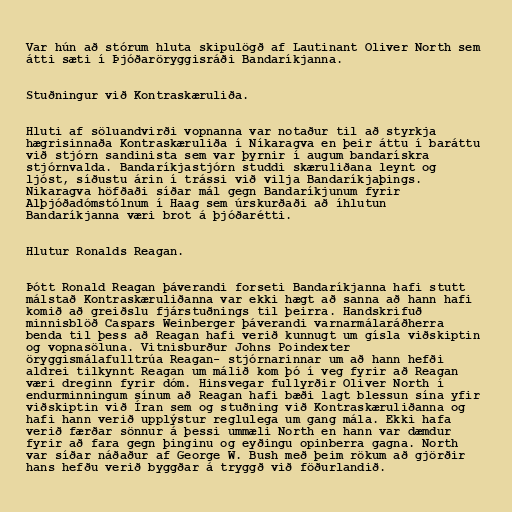
Var hún að stórum hluta skipulögð af Lautinant Oliver North sem
átti sæti í Þjóðaröryggisráði Bandaríkjanna.

Stuðningur við Kontraskæruliða.

Hluti af söluandvirði vopnanna var notaður til að styrkja
hægrisinnaða Kontraskæruliða í Níkaragva en þeir áttu í baráttu
við stjórn sandinista sem var þyrnir í augum bandarískra
stjórnvalda. Bandaríkjastjórn studdi skæruliðana leynt og
ljóst, síðustu árin í trássi við vilja Bandaríkjaþings.
Nikaragva höfðaði síðar mál gegn Bandaríkjunum fyrir
Alþjóðadómstólnum í Haag sem úrskurðaði að íhlutun
Bandaríkjanna væri brot á þjóðarétti.

Hlutur Ronalds Reagan.

Þótt Ronald Reagan þáverandi forseti Bandaríkjanna hafi stutt
málstað Kontraskæruliðanna var ekki hægt að sanna að hann hafi
komið að greiðslu fjárstuðnings til þeirra. Handskrifuð
minnisblöð Caspars Weinberger þáverandi varnarmálaráðherra
benda til þess að Reagan hafi verið kunnugt um gísla viðskiptin
og vopnasöluna. Vitnisburður Johns Poindexter
öryggismálafulltrúa Reagan- stjórnarinnar um að hann hefði
aldrei tilkynnt Reagan um málið kom þó í veg fyrir að Reagan
væri dreginn fyrir dóm. Hinsvegar fullyrðir Oliver North í
endurminningum sínum að Reagan hafi bæði lagt blessun sína yfir
viðskiptin við Íran sem og stuðning við Kontraskæruliðanna og
hafi hann verið upplýstur reglulega um gang mála. Ekki hafa
verið færðar sönnur á þessi ummæli North en hann var dæmdur
fyrir að fara gegn þinginu og eyðingu opinberra gagna. North
var síðar náðaður af George W. Bush með þeim rökum að gjörðir
hans hefðu verið byggðar á tryggð við föðurlandið.